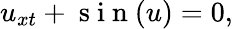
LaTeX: u_{xt}+\mathrm{~s~i~n~}(u)=0,